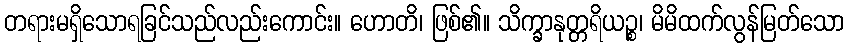
တရားမရှိသောရခြင်သည်လည်းကောင်း။ ဟောတိ၊ ဖြစ်၏။ သိက္ခာနုတ္တရိယဉ္စ၊ မိမိထက်လွန်မြတ်သော